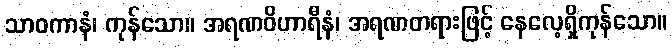
သာဝကာနံ၊ ကုန်သော။ အရဏဝိဟာရီနံ၊ အရဏတရားဖြင့် နေလေ့ရှိကုန်သော။